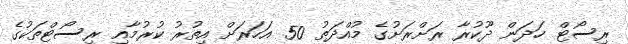
ރިސޯޓް ހަދަން ދޫކުރާ ރަށްރަށުގެ މުއްދަތު 50 އަހަރަށް އިތުރު ކުރުމާއި ރިސޯޓްތަކުގެ